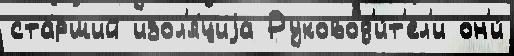
ста́рший изол'я́циjа Руковод'и́т'ел'и он'и́